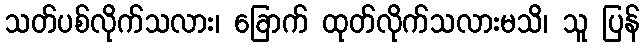
သတ်ပစ်လိုက်သလား၊ ခြောက် ထုတ်လိုက်သလားမသိ၊ သူ ပြန်